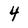
Character: 4